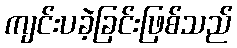
ကျင်းပခဲ့ခြင်းဖြစ်သည်